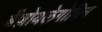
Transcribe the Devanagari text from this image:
बेंज़ोयलेगोनिन